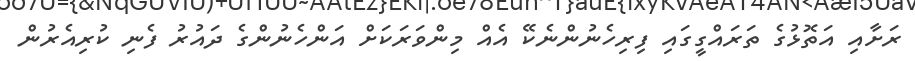
ރަށާއި އަތޮޅުގެ ތަރައްގީގައި ފިރިހެނުންނެކޭ އެއް މިންވަރަކަށް އަންހެނުންގެ ދައުރު ފެނި ކުރިއެރުން